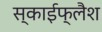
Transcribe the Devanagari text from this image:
स्काईफ्लैश